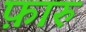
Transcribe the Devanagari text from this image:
फ़ारु